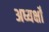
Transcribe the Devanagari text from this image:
अध्यक्षोँ